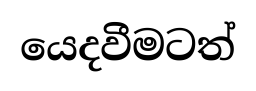
යෙදවීමටත්